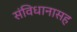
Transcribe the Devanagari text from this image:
संविधानासह